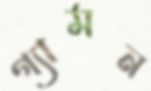
গ্যামন